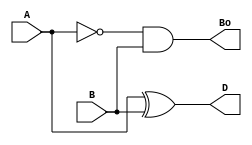
`timescale 1ns / 1ps
//////////////////////////////////////////////////////////////////////////////////
// Company: 
// Engineer: 
// 
// Design Name: 
// Module Name:    HalfSub 
// Project Name: 
// Target Devices: 
// Tool versions: 
// Description: 
//
// Dependencies: 
//
// Revision: 
// Revision 0.01 - File Created
// Additional Comments: 
//
//////////////////////////////////////////////////////////////////////////////////
module HalfSub(A, B, D, Bo);
	input A, B;
	output D, Bo;
	
	assign D = A ^ B;
	assign Bo = ~A & B;
endmodule